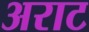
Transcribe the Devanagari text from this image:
अराट